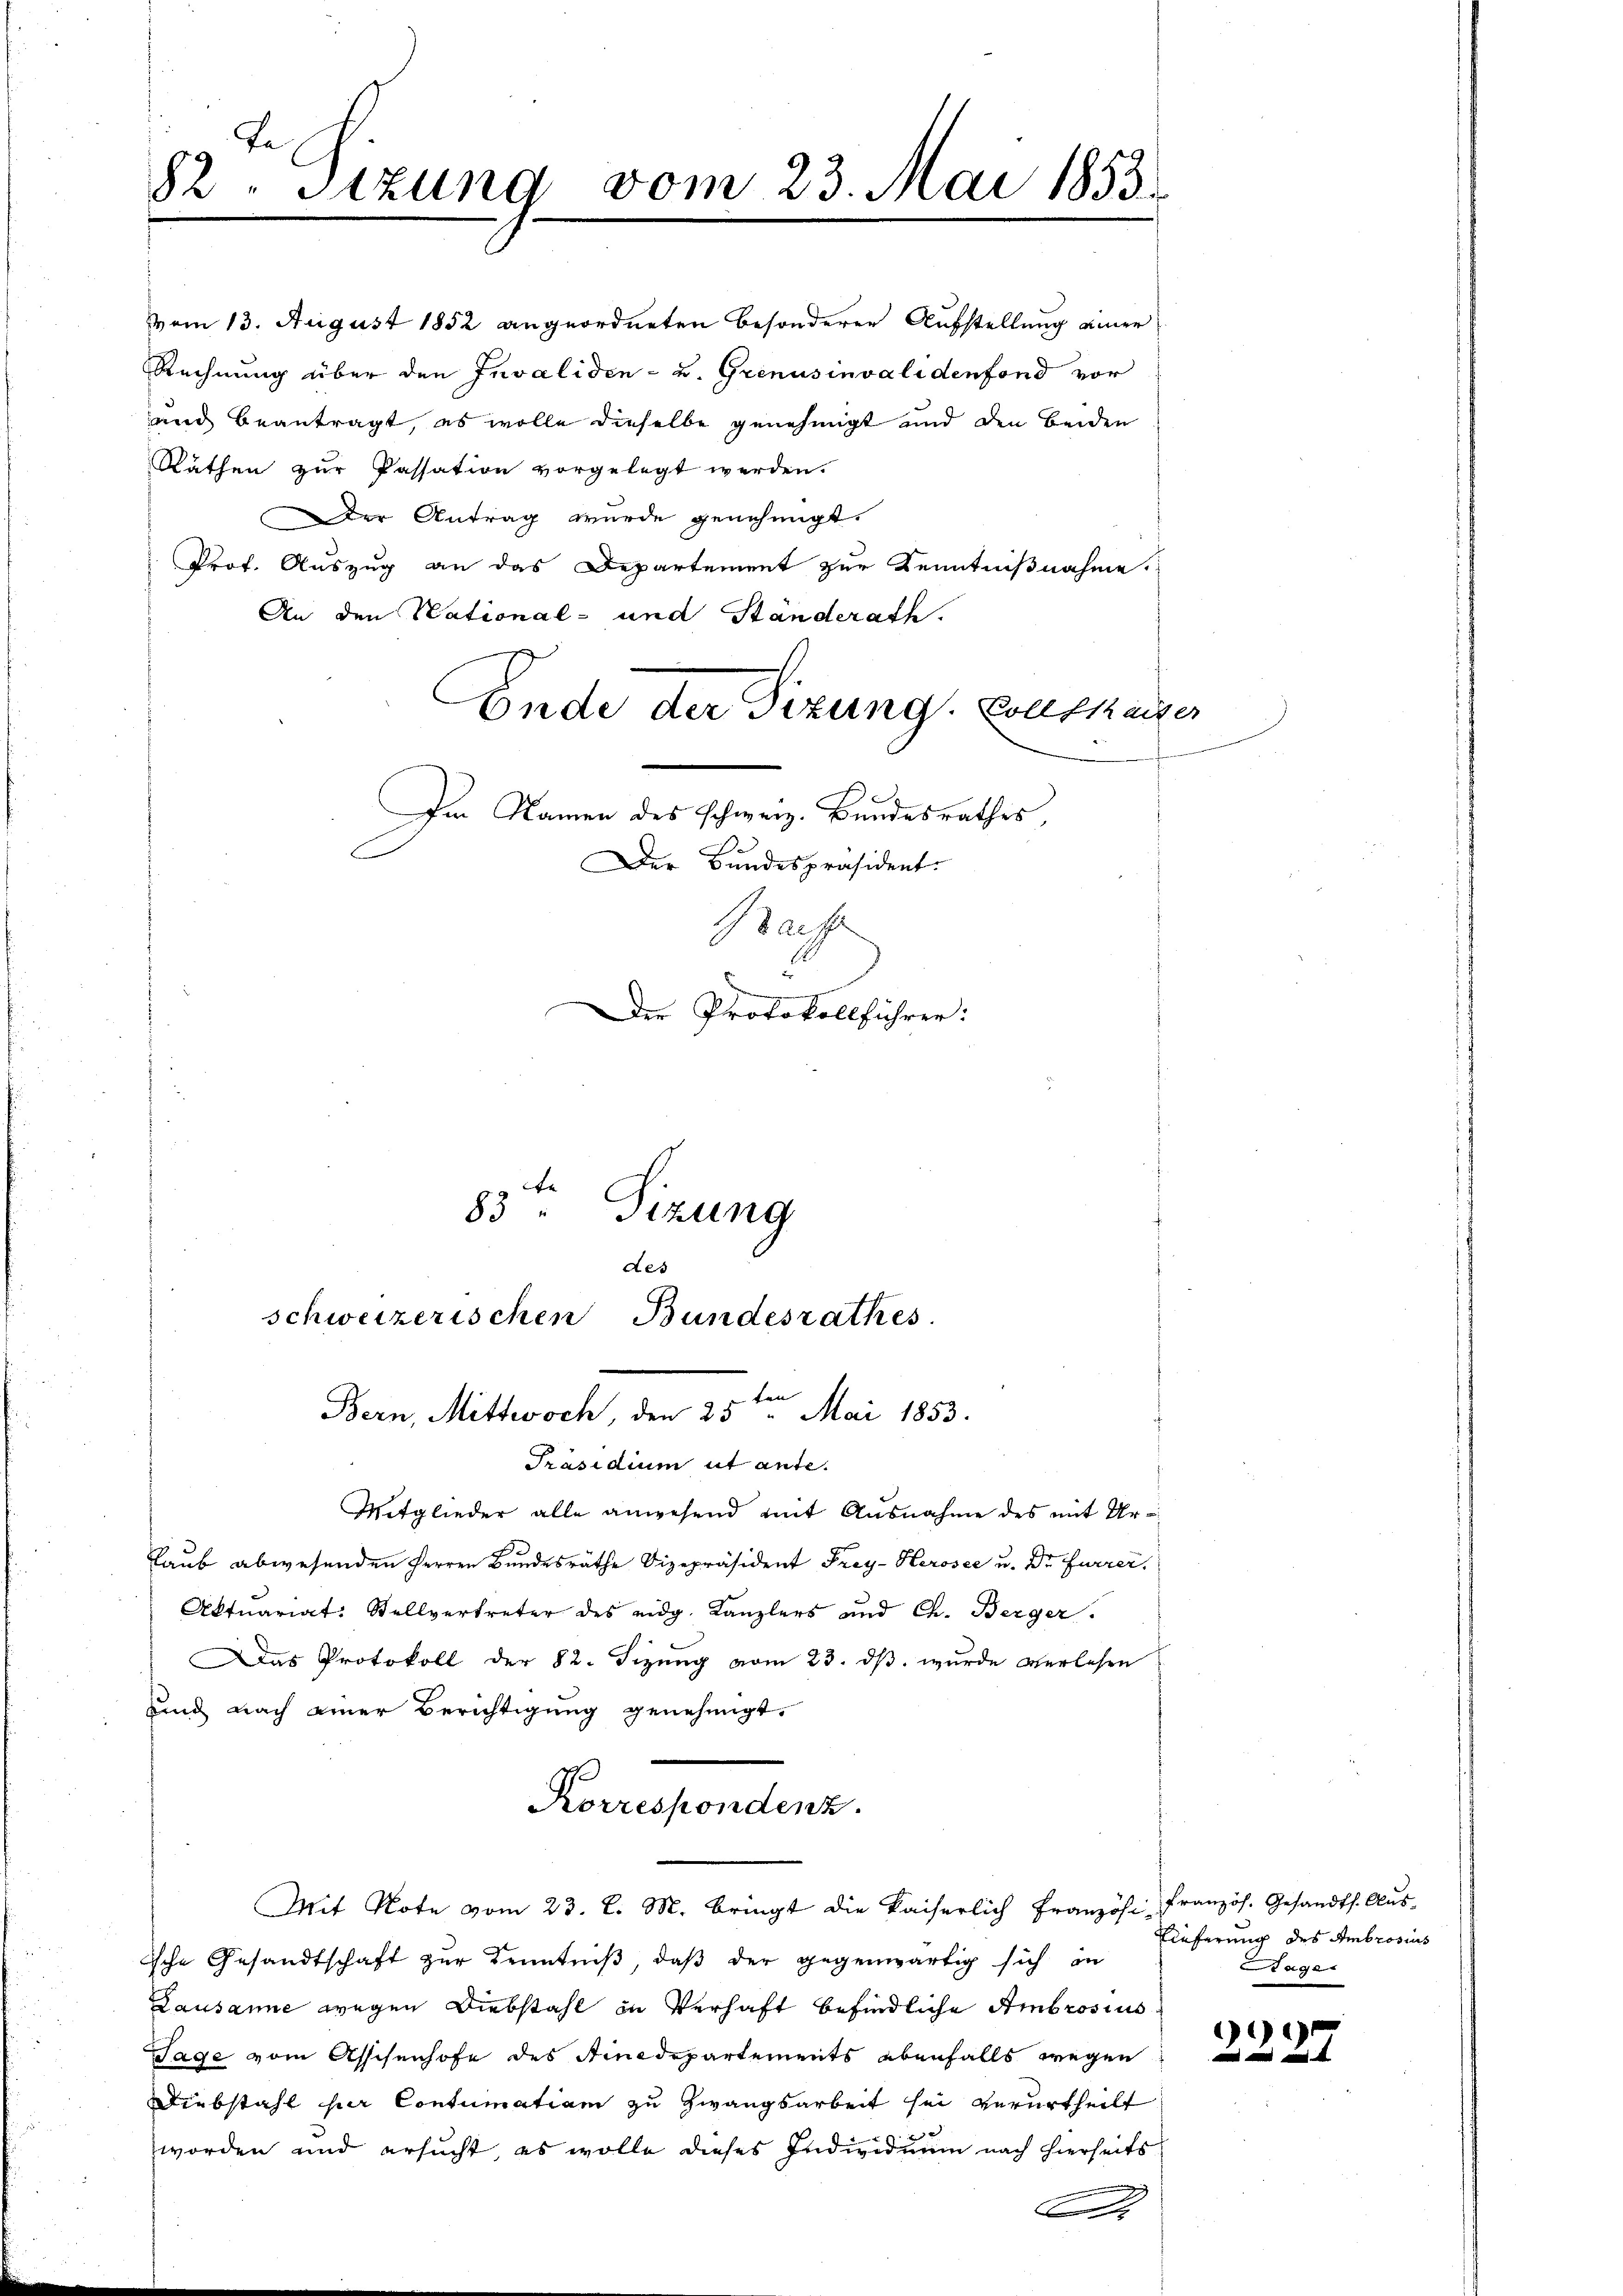
82. Sitzung vom 23. Mai 1853.

vom 13. August 1852 angeordneten besonderer Aufstellung einer
Rechnung über den Invaliden - u. Grenusinvalidenfond vor
und beantragt, es wolle dieselbe genehmigt und den beiden
Räthen zur Passation vorgelegt werden.
Der Antrag wurde genehmigt.
Prof. Auszug an das Departement zur Kenntnißnahme.
An den National- und Standerath.
Ende der Sizung. Ellshauser
Im Namen des schweiz. Bundesrathes,
Der Bundespräsident.
Saife

83ten Sizung
des
schweizerischen Bundesrathes.
Bern, Mittwoch, den 25ten Mai 1853.
Präsidium ut ante.

Die Protokollführer:

Mitglieder alle anwesend mit Ausnahme des mit Ur¬
Raub abwesenden Herren Bundesräthe Vizepräsident Frey- Herosee u. Dr Furrer,
Aktuariat: Stellvertreter des eidg. Kanzlers und Ch. Berger.
Das Protokoll der 82. Sizung vom 23. ds. wurde verlesen
uind nach einer Berichtigung genehmigt.
Mit Note vom 23. l. M. Bringt die kaiserlich Französ. Französ. Gesandts. Aus-
sche Gesandtschaft zur Kenntniß, daß der gegenwärtig sich in
Lausanne wegen Diebstahl in Verhaft befindliche Ambrosius
Tage vom Asschenhofe des Mindepartements ebenfalls wegen
Diebstahl per Contumatiam zu Zwangsarbeit sei verurtheilt
worden und ersucht es wolle dieses Individuum nach hierseits

Korrespondenz.

g

Lieferung des Ambrosius
tager

)